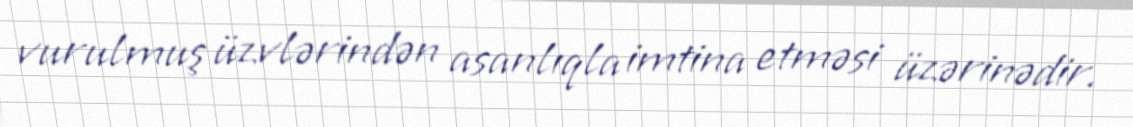
vurulmuş üzvlərindən asanlıqla imtina etməsi üzərinədir.